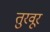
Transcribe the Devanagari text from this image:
तुरवूर